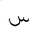
Letter: _sin